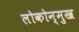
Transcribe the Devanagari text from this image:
लोकोन्मुख